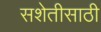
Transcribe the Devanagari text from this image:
सशेतीसाठी